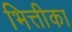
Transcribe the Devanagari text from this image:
भित्तीका